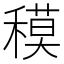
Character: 𥡸